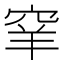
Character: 𥥵